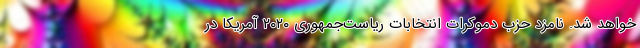
خواهد شد. نامزد حزب دموکرات انتخابات ریاست‌جمهوری ۲۰۲۰ آمریکا در